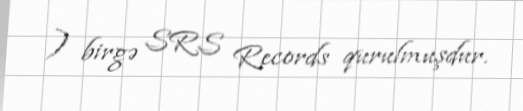
) birgə SRS Records qurulmuşdur.